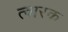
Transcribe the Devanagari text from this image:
त्वारक